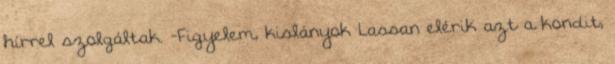
hírrel szolgáltak. -Figyelem, kislányok Lassan elérik azt a kondit,